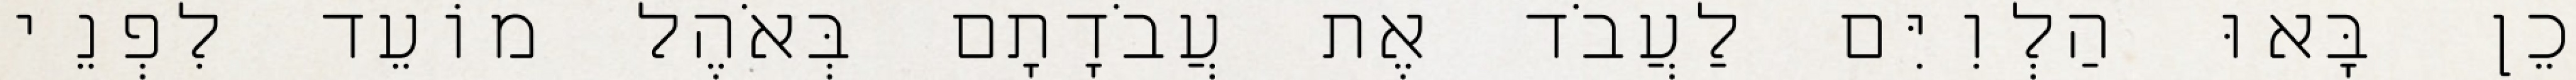
כֵן בָּאוּ הַלְוִיִּם לַעֲבֹד אֶת עֲבֹדָתָם בְּאֹהֶל מוֹעֵד לִפְנֵי